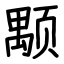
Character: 颙